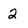
Character: 2